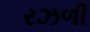
રઝળી